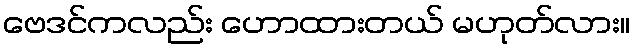
ဗေဒင်ကလည်း ဟောထားတယ် မဟုတ်လား။